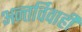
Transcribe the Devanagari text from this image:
अन्तर्विवाही